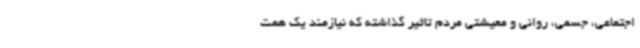
اجتماعی، جسمی، روانی و معیشتی مردم تاثیر گذاشته که نیازمند یک همت